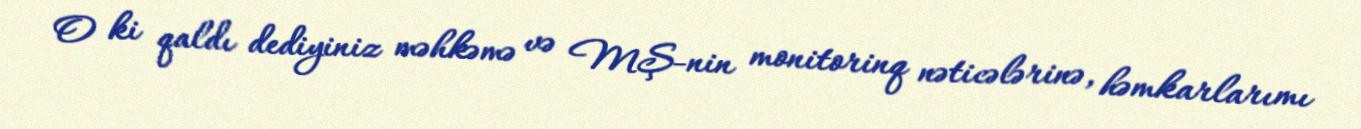
O ki qaldı dediyiniz məhkəmə və MŞ-nin monitorinq nəticələrinə, həmkarlarımı